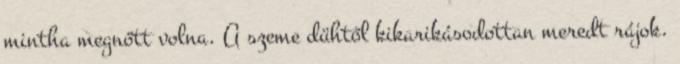
mintha megnőtt volna. A szeme dühtől kikarikásodottan meredt rájok.